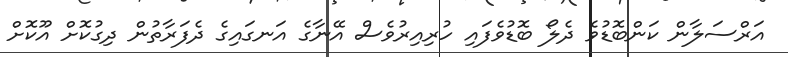
އަރްސަލާން ކަންބޮޑުވެ ދެލޯ ބޮޑުވެފައި ހުރިއިރުވެސް އޭނާގެ އަނގައިގެ ދެފަރާތުން ދިގުކޮށް އޫކޮށް